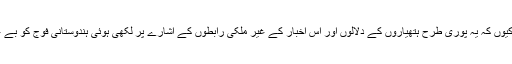
سنسنی خیز اس معاملے میں، کیوں کہ یہ پوری طرح ہتھیاروں کے دلالوں اور اس اخبار کے غیر ملکی رابطوں کے اشارے پر لکھی ہوئی ہندوستانی فوج کو بے عزت کرنے والی رپورٹ تھی۔